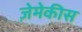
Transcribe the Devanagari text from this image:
ज़ेमेकीस